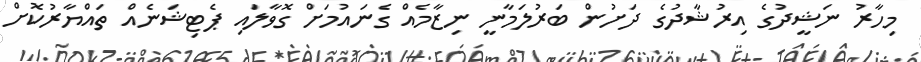
މިހާރު ނަޝީދުގެ އިރުޝާދުގެ ދަށުން ބަރުލަމާނީ ނިޒާމެއް ގެނައުމަށް ގޮވާލައި ޕެޓިޝަނެއް ތައްޔާރުކޮށް